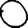
Digit: 0